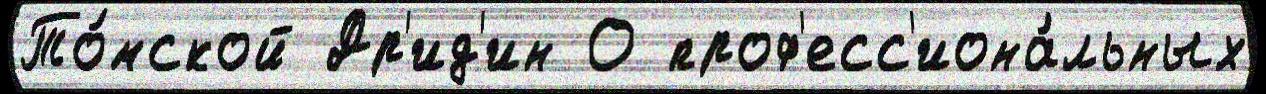
То́мской Др'ид'ин О проф'есс'иона́льных